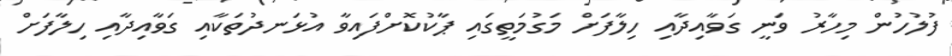
ފުލުހުން މިހާރު ވަނީ ގަވާއިދާއި ހިލާފަށް މަގުމަތީގައި ޕާކުކޮށްފައިވާ އުޅަނދުތަކާއި ގަވާއިދާއި ހިލާފަށް